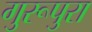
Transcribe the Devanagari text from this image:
गुरूपुरा